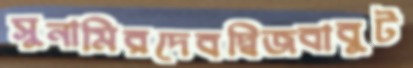
সুনামিরদেবদ্বিজবাবুট